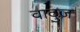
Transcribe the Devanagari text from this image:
वादुज़